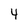
Character: 4